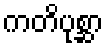
ကတိပုစ္ဆာ